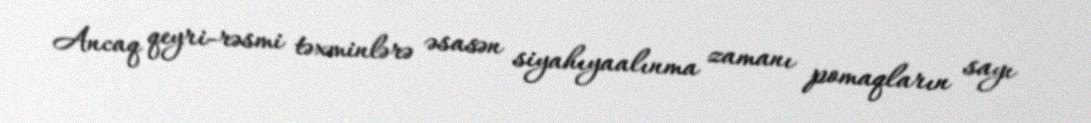
Ancaq qeyri-rəsmi təxminlərə əsasən siyahıyaalınma zamanı pomaqların sayı